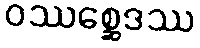
ဝဿစ္ဆေဒဿ